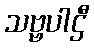
သဗ္ဗပါဌီ